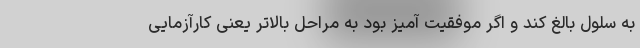
به سلول بالغ کند و اگر موفقیت آمیز بود به مراحل بالاتر یعنی کارآزمایی